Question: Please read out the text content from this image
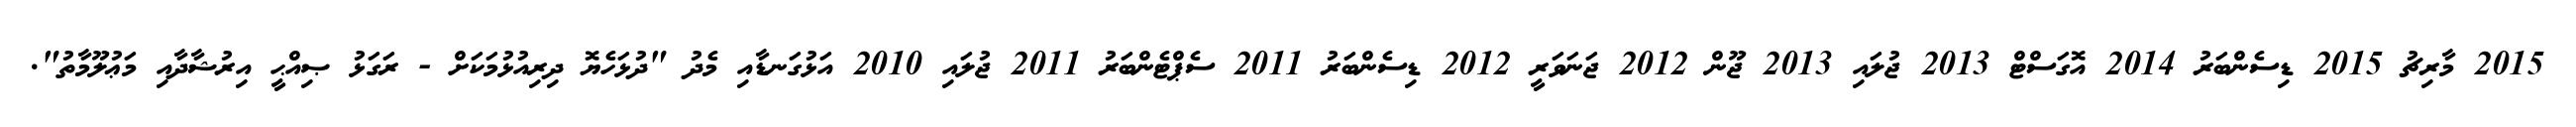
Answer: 2015 މާރިޗު 2015 ޑިސެންބަރު 2014 އޮގަސްޓް 2013 ޖުލައި 2013 ޖޫން 2012 ޖަނަވަރީ 2012 ޑިސެންބަރު 2011 ސެޕްޓެންބަރު 2011 ޖުލައި 2010 އަޅުގަނޑާއި މެދު "ދުޅަހެޔޮ ދިރިއުޅުމަކަށް - ރަގަޅު ޞިއްޙީ އިރުޝާދާއި މަޢުލޫމާތު".